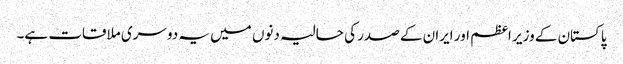
پاکستان کے وزیر اعظم اور ایران کے صدر کی حالیہ دنوں میں یہ دوسری ملاقات ہے۔